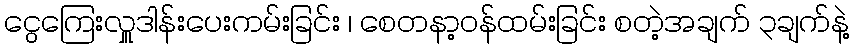
ငွေကြေးလှူဒါန်းပေးကမ်းခြင်း ၊ စေတနာ့ဝန်ထမ်းခြင်း စတဲ့အချက် ၃ချက်နဲ့